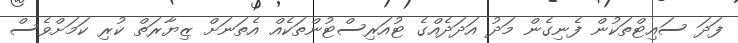
ފަދަ ސައިޓްތަކުން ފެނިގެން މަދު އަދަދެއްގެ ޓުއަރިސްޓުންތަކެއް އެތަނަށް ޒިޔާރަތް ކުރި ކަމަށްވެސް